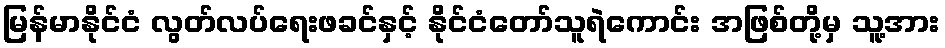
မြန်မာနိုင်ငံ လွတ်လပ်ရေးဖခင်နှင့် နိုင်ငံတော်သူရဲကောင်း အဖြစ်တို့မှ သူ့အား